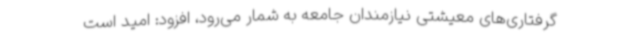
گرفتاری‌های معیشتی نیازمندان جامعه به شمار می‌رود، افزود: امید است